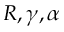
R , \gamma , \alpha